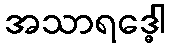
အသာရဒ္ဓေါ